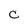
Character: C